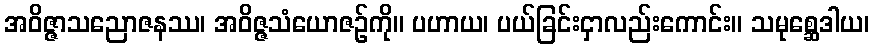
အဝိဇ္ဇာသညောဇနဿ၊ အဝိဇ္ဇသံယောဇဉ်ကို။ ပဟာယ၊ ပယ်ခြင်းငှာလည်းကောင်း။ သမုစ္ဆေဒါယ၊